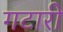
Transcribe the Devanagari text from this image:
गटारी